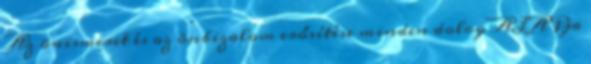
Az önismeret és az önbizalom erősítése minden dolog ALAPja